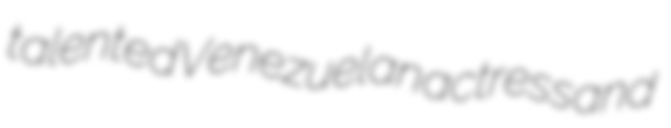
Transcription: talented Venezuelan actress and